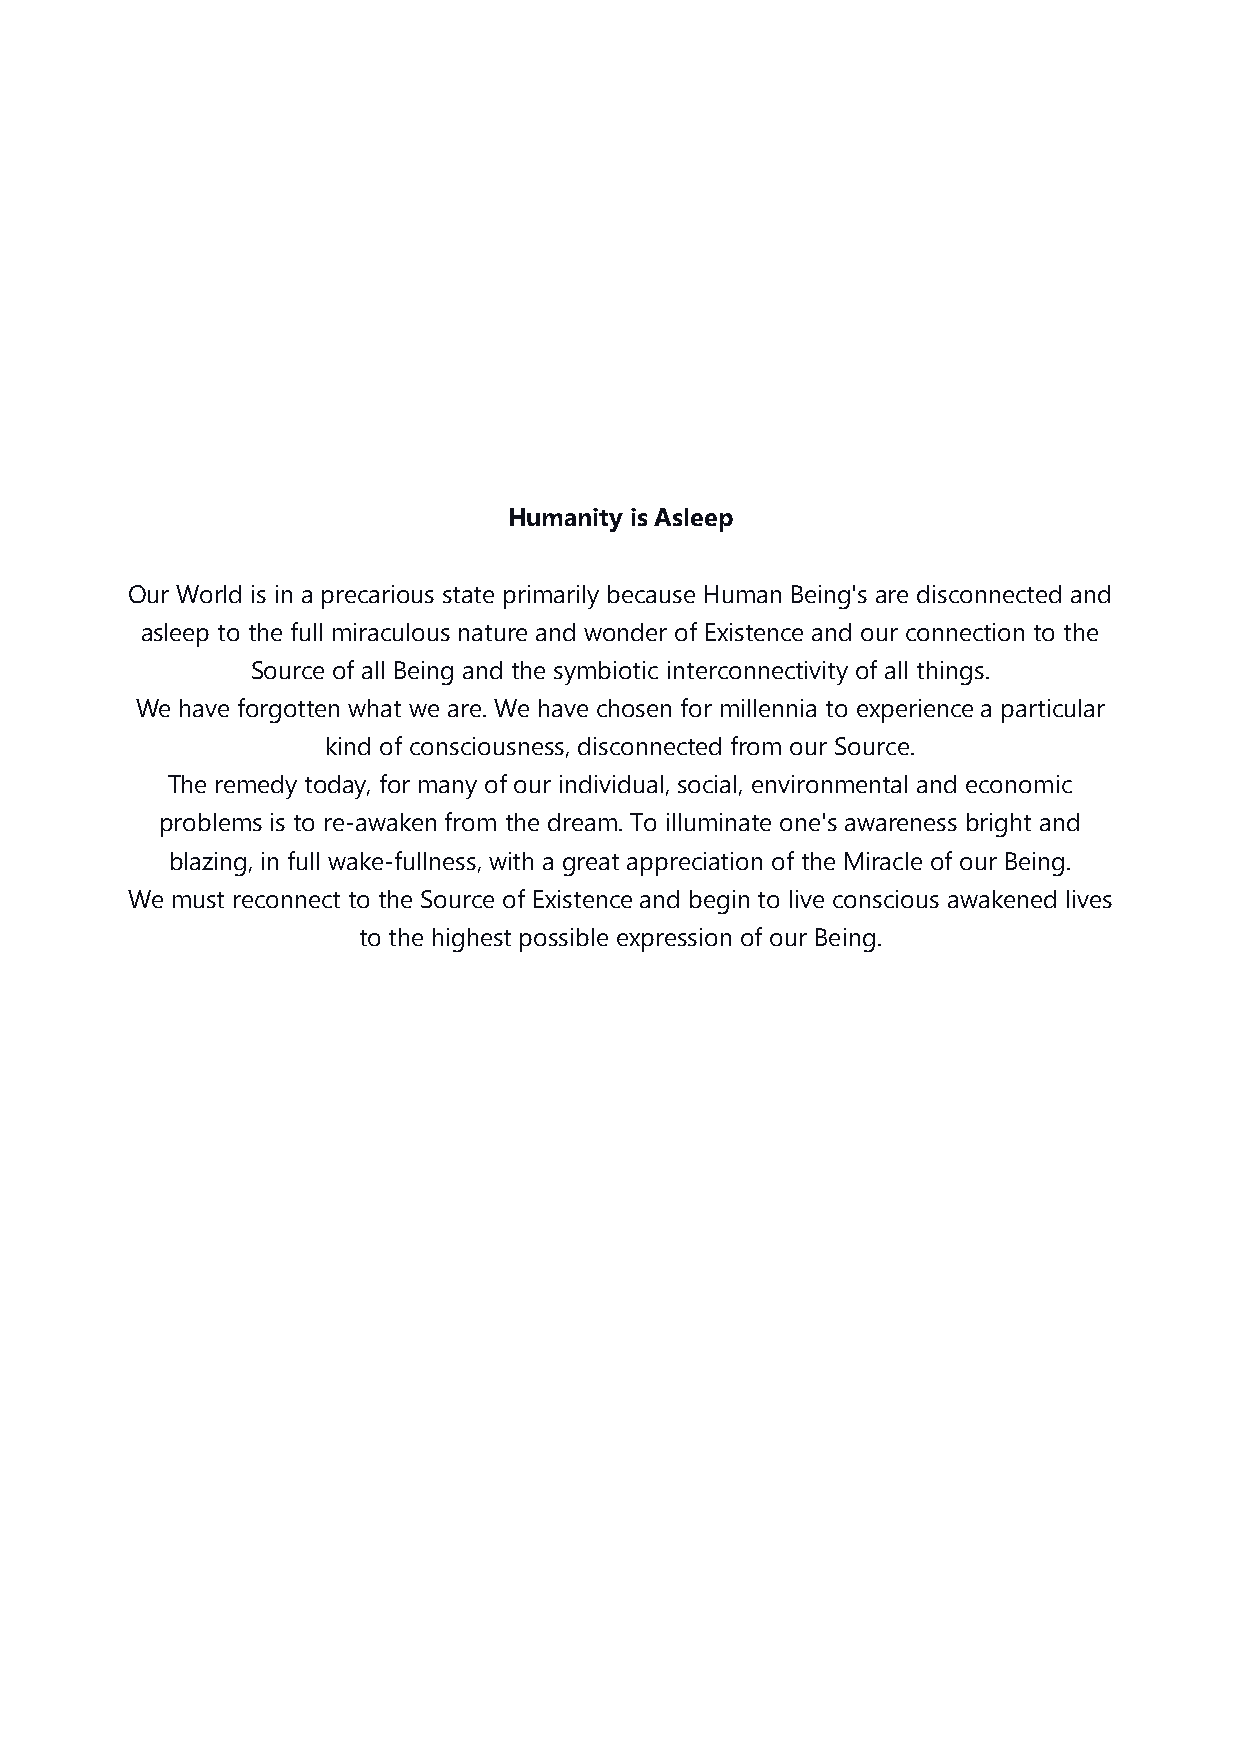
Humanity is Asleep
 Our World is in a precarious state primarily because Human Being's are disconnected and
 asleep to the full miraculous nature and wonder of Existence and our connection to the
 Source of all Being and the symbiotic interconnectivity of all things.
 We have forgotten what we are. We have chosen for millennia to experience a particular
 kind of consciousness, disconnected from our Source.
 The remedy today, for many of our individual, social, environmental and economic
 problems is to re-awaken from the dream. To illuminate one's awareness bright and
 blazing, in full wake-fullness, with a great appreciation of the Miracle of our Being.
 We must reconnect to the Source of Existence and begin to live conscious awakened lives
 to the highest possible expression of our Being.